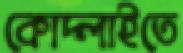
কোদ্‌লাইতে